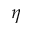
\eta